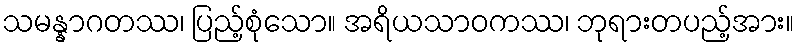
သမန္နာဂတဿ၊ ပြည့်စုံသော။ အရိယသာဝကဿ၊ ဘုရားတပည့်အား။